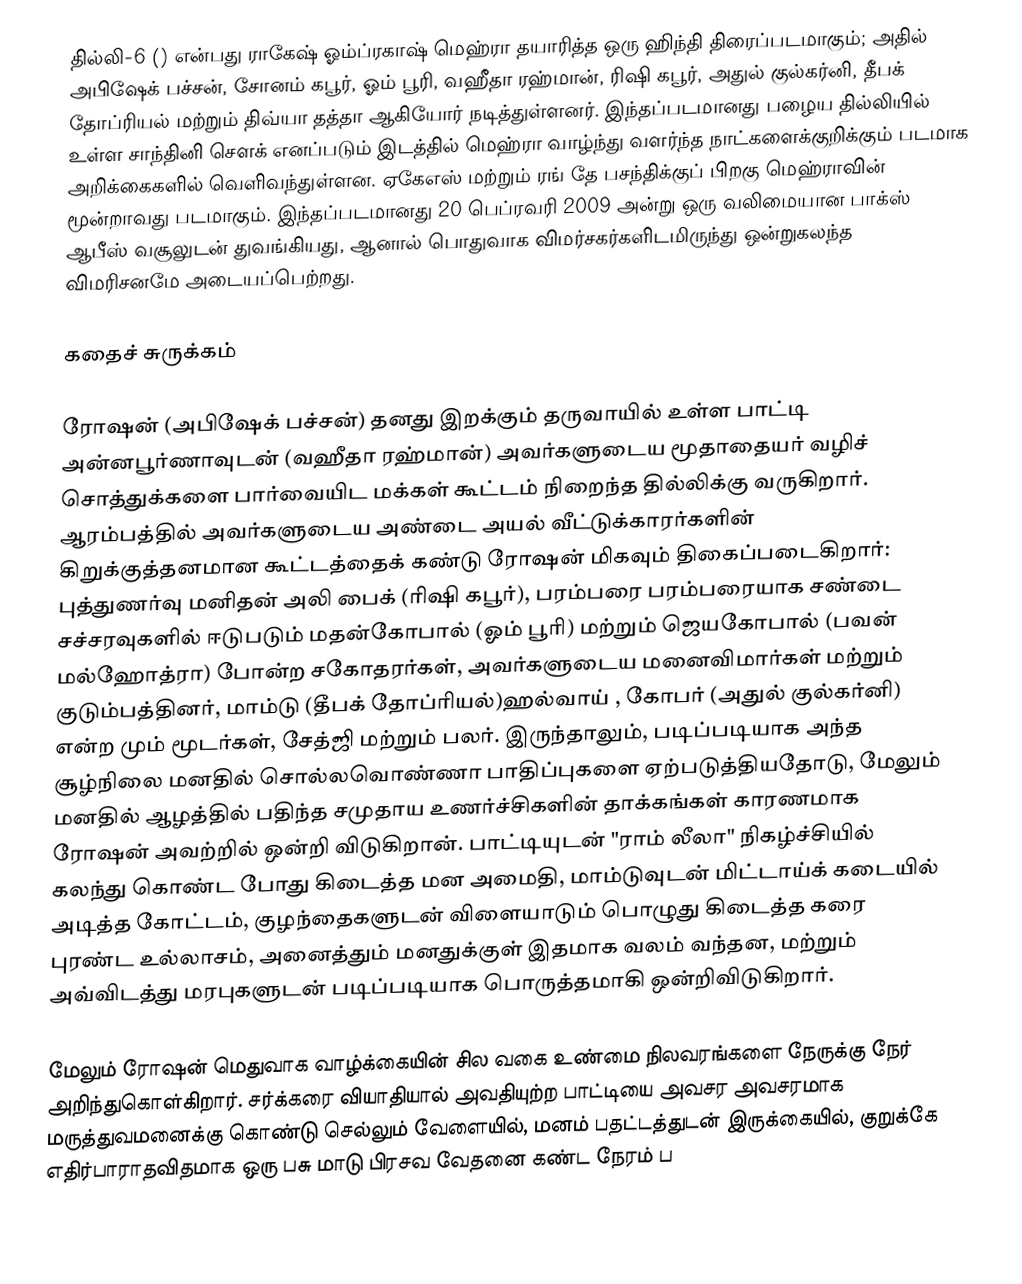
தில்லி-6  () என்பது ராகேஷ் ஓம்ப்ரகாஷ் மெஹ்ரா தயாரித்த ஒரு ஹிந்தி திரைப்படமாகும்; அதில் அபிஷேக் பச்சன், சோனம் கபூர், ஓம் பூரி, வஹீதா ரஹ்மான், ரிஷி கபூர், அதுல் குல்கர்னி, தீபக் தோப்ரியல் மற்றும் திவ்யா தத்தா ஆகியோர் நடித்துள்ளனர். இந்தப்படமானது பழைய தில்லியில் உள்ள சாந்தினி சௌக் எனப்படும் இடத்தில் மெஹ்ரா வாழ்ந்து வளர்ந்த நாட்களைக்குறிக்கும் படமாக அறிக்கைகளில் வெளிவந்துள்ளன. ஏகேஎஸ் மற்றும் ரங் தே பசந்திக்குப் பிறகு மெஹ்ராவின் மூன்றாவது படமாகும். இந்தப்படமானது 20 பெப்ரவரி 2009 அன்று ஒரு வலிமையான பாக்ஸ் ஆபீஸ் வசூலுடன் துவங்கியது, ஆனால் பொதுவாக விமர்சகர்களிடமிருந்து ஒன்றுகலந்த விமரிசனமே அடையப்பெற்றது.

கதைச் சுருக்கம்

ரோஷன் (அபிஷேக் பச்சன்) தனது இறக்கும் தருவாயில் உள்ள பாட்டி அன்னபூர்ணாவுடன் (வஹீதா ரஹ்மான்) அவர்களுடைய மூதாதையர் வழிச் சொத்துக்களை பார்வையிட மக்கள் கூட்டம் நிறைந்த தில்லிக்கு வருகிறார். ஆரம்பத்தில் அவர்களுடைய அண்டை அயல் வீட்டுக்காரர்களின் கிறுக்குத்தனமான கூட்டத்தைக் கண்டு ரோஷன் மிகவும் திகைப்படைகிறார்: புத்துணர்வு மனிதன் அலி பைக் (ரிஷி கபூர்), பரம்பரை பரம்பரையாக சண்டை சச்சரவுகளில் ஈடுபடும் மதன்கோபால் (ஓம் பூரி) மற்றும் ஜெயகோபால் (பவன் மல்ஹோத்ரா) போன்ற சகோதரர்கள், அவர்களுடைய மனைவிமார்கள் மற்றும் குடும்பத்தினர், மாம்டு (தீபக் தோப்ரியல்)ஹல்வாய் , கோபர் (அதுல் குல்கர்னி) என்ற மும் மூடர்கள், சேத்ஜி மற்றும் பலர். இருந்தாலும், படிப்படியாக அந்த சூழ்நிலை மனதில் சொல்லவொண்ணா பாதிப்புகளை ஏற்படுத்தியதோடு, மேலும் மனதில் ஆழத்தில் பதிந்த சமுதாய உணர்ச்சிகளின் தாக்கங்கள் காரணமாக ரோஷன் அவற்றில் ஒன்றி விடுகிறான். பாட்டியுடன் "ராம் லீலா" நிகழ்ச்சியில் கலந்து கொண்ட போது கிடைத்த மன அமைதி, மாம்டுவுடன் மிட்டாய்க் கடையில் அடித்த கோட்டம், குழந்தைகளுடன் விளையாடும் பொழுது கிடைத்த கரை புரண்ட உல்லாசம், அனைத்தும் மனதுக்குள் இதமாக வலம் வந்தன, மற்றும் அவ்விடத்து மரபுகளுடன் படிப்படியாக பொருத்தமாகி ஒன்றிவிடுகிறார்.

மேலும் ரோஷன் மெதுவாக வாழ்க்கையின் சில வகை உண்மை நிலவரங்களை நேருக்கு நேர் அறிந்துகொள்கிறார். சர்க்கரை வியாதியால் அவதியுற்ற பாட்டியை அவசர அவசரமாக மருத்துவமனைக்கு கொண்டு செல்லும் வேளையில், மனம் பதட்டத்துடன் இருக்கையில், குறுக்கே எதிர்பாராதவிதமாக ஒரு பசு மாடு பிரசவ வேதனை கண்ட நேரம் ப